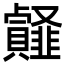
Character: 䪥